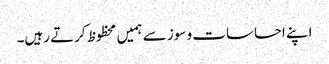
اپنے احساسات و سوز سے ہمیں محظوظ کرتے رہیں۔